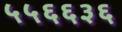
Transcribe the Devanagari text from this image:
५५६६३६